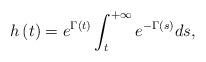
LaTeX: \begin{align*}h\left( t\right) =e^{\Gamma\left( t\right) }\int_{t}^{+\infty}e^{-\Gamma\left( s\right) }ds, \end{align*}